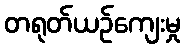
တရုတ်ယဉ်ကျေးမှု